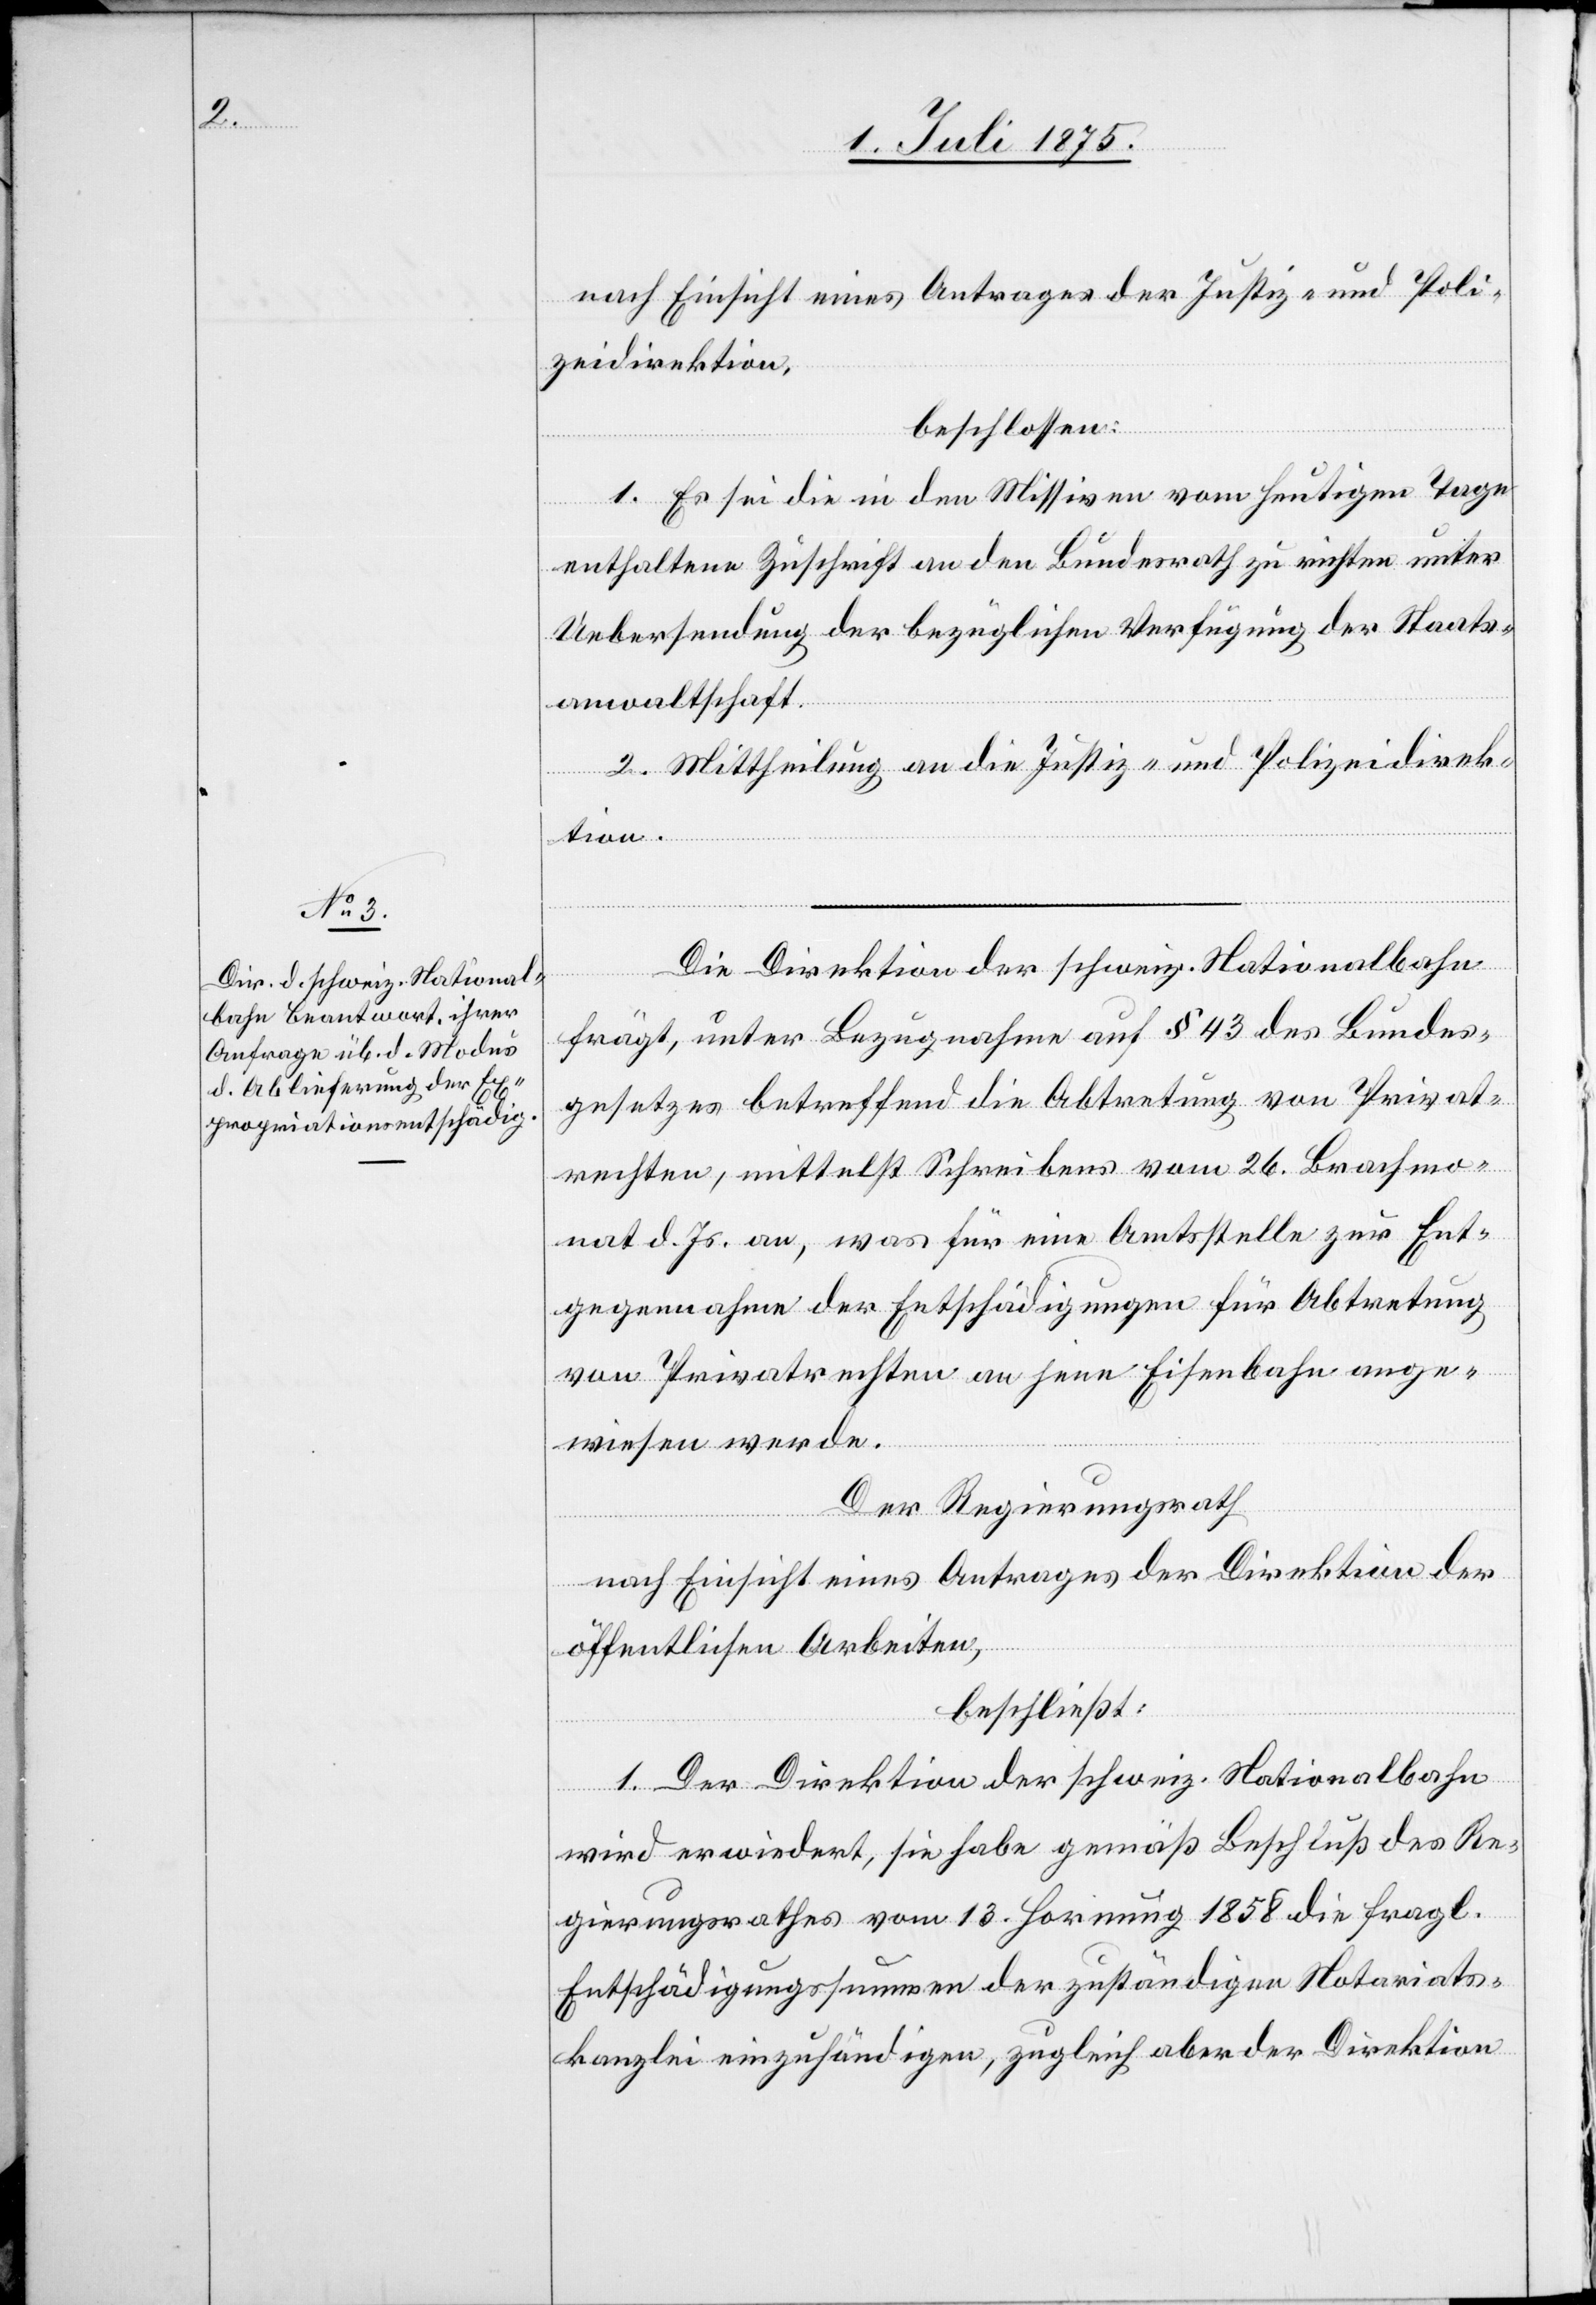
nach Einsicht eines Antrages der Justiz- und Poli¬
zeidirektion,
beschlossen:
1. Es sei die in den Missiven vom heutigen Tage
enthaltene Zuschrift an den Bundesrath zu richten unter
Uebersendung der bezüglichen Verfügung der Staats¬
anwaltschaft.
2. Mittheilung an die Justiz- und Polizeidirek¬
tion.
Die Direktion der schweiz. Nationalbahn
frägt; unter Bezugnahme auf § 43 des Bundes¬
gesetzes betreffend die Abtretung von Privat¬
rechten, mittelst Schreibens vom 26. Brachmo¬
nat d. Js. an, was für eine Amtsstelle zur Ent¬
gegennahme der Entschädigungen für Abtretung
von Privatrechten an jene Eisenbahn ange¬
wiesen werde.
Der Regierungsrath,
nach Einsicht eines Antrages der Direktion der
öffentlichen Arbeiten,
beschließt:
1. Der Direktion der schweiz. Nationalbahn
wird erwiedert, sie habe gemäß Beschluß des Re¬
gierungsrathes vom 13. Hornung 1858 die fragl.
Entschädigungssummen der zuständigen Notariats¬
kanzlei einzuhändigen, zugleich aber der Direktion